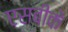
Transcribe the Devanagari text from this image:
एसबीके